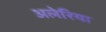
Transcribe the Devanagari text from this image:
अलेरिया